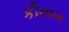
કીતાબ